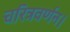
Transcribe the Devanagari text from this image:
चरित्रवर्णन।